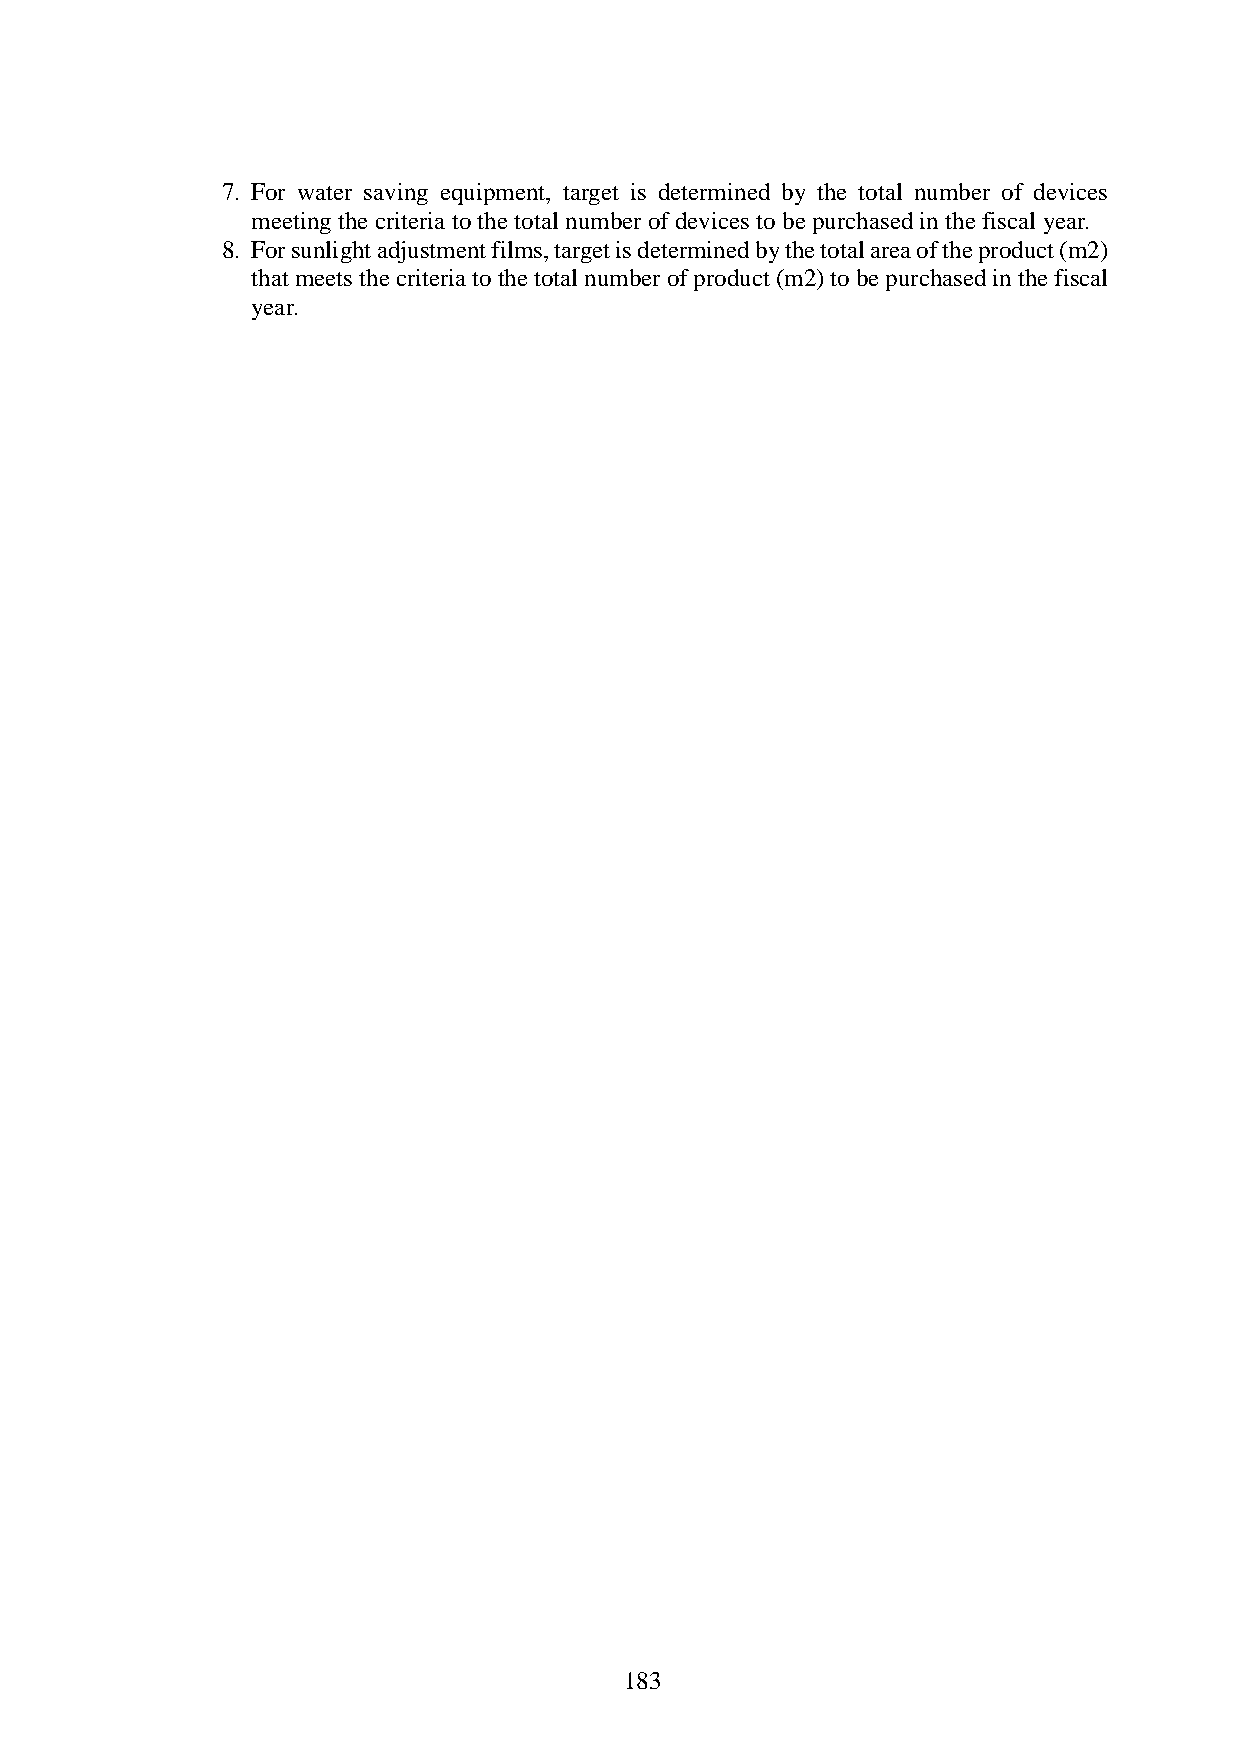
7. For water saving equipment, target is determined by the total number of devices
 meeting the criteria to the total number of devices to be purchased in the fiscal year.
 8. For sunlight adjustment films, target is determined by the total area of the product (m2)
 that meets the criteria to the total number of product (m2) to be purchased in the fiscal
 year.
 183